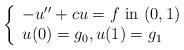
LaTeX: \begin{align*}\left\{\begin{array}{lll}-u''+ c u = f \mbox{ in } (0, 1)\\u(0) = g_0, u(1) = g_1\end{array}\right.\end{align*}